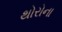
થોરોના